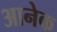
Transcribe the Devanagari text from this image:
आनेक